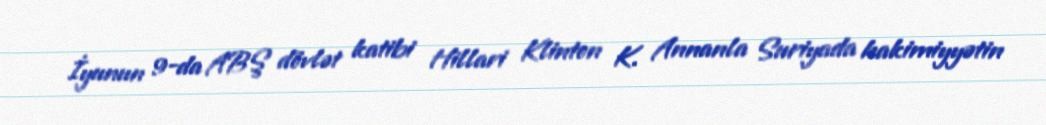
İyunun 9-da ABŞ dövlət katibi Hillari Klinton K. Annanla Suriyada hakimiyyətin